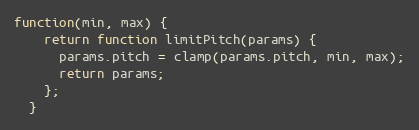
Language: JavaScript
function(min, max) {
    return function limitPitch(params) {
      params.pitch = clamp(params.pitch, min, max);
      return params;
    };
  }